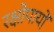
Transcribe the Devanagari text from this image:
रक्षोपायों